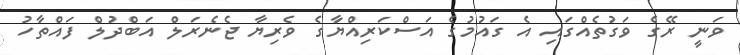
ވަނީ ރޭގެ ވަގުތެއްގައި އެ ގައުމުގެ އަސްކަރިއްޔާގެ ވެރިޔާ ޖެނެރަލް އަބްދުލް ފައްތާހު